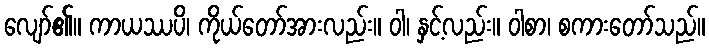
လျော်၏။ ကာယဿပိ၊ ကိုယ်တော်အားလည်း။ ဝါ၊ နှင့်လည်း။ ဝါစာ၊ စကားတော်သည်။